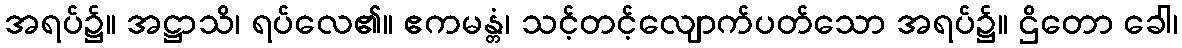
အရပ်၌။ အဋ္ဌာသိ၊ ရပ်လေ၏။ ဧကမန္တံ၊ သင့်တင့်လျောက်ပတ်သော အရပ်၌။ ဌိတော ခေါ၊